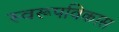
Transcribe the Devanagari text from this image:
स्वरूपविकास